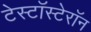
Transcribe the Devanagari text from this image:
टेस्टॉस्टेरॉन